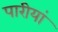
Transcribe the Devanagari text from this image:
पारीयां